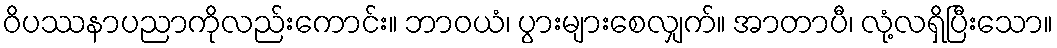
ဝိပဿနာပညာကိုလည်းကောင်း။ ဘာဝယံ၊ ပွားများစေလျှက်။ အာတာပီ၊ လုံ့လရှိပြီးသော။